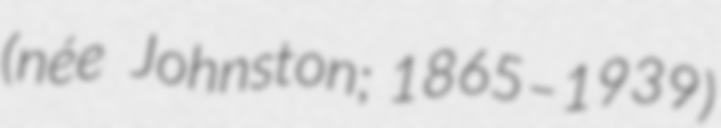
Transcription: (née  Johnston; 1865–1939)